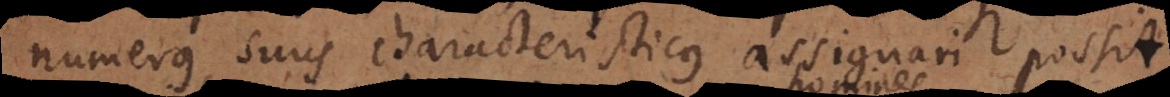
numerus suus characteristicus assignari homines possit